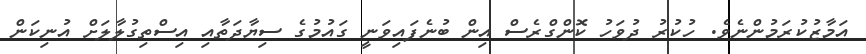
އަމާޒުކުރަމުންނެވެ. ހުކުރު ދުވަހު ކޮންގްރެސް އިން ބުނެފައިވަނީ ގައުމުގެ ސިޔާދަތާއި އިސްތިގުލާލަށް އުނިކަން